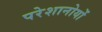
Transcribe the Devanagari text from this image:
परेशानोयों